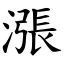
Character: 漲